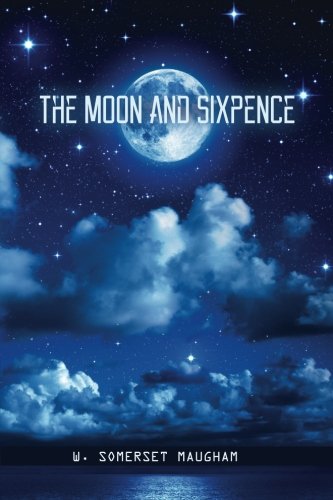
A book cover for The Moon and Sixpence; W. Somerset Maugham; Literature & Fiction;